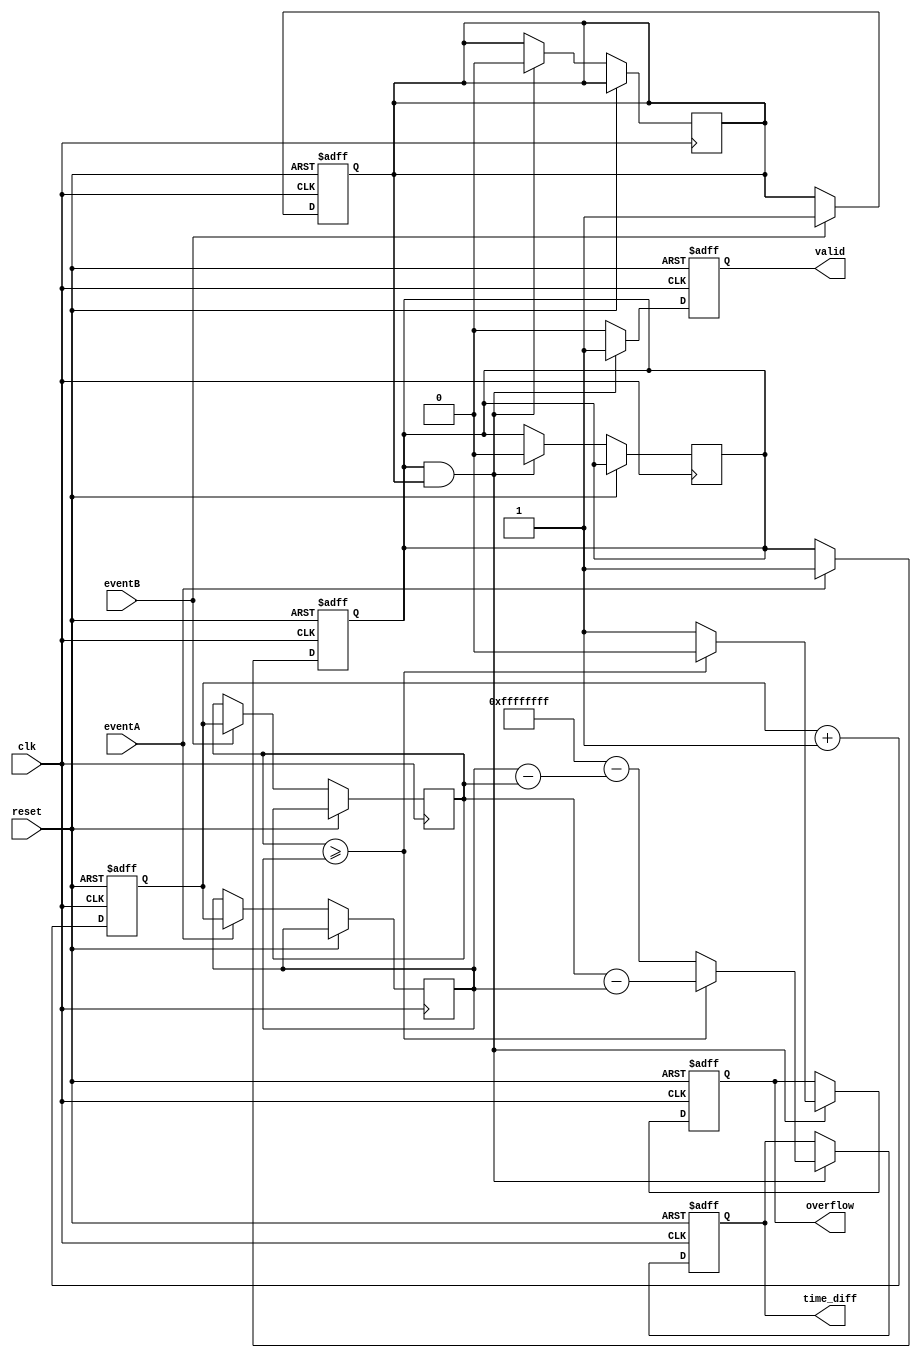
module TDC (
    input wire clk,           // Clock signal
    input wire reset,         // Reset signal
    input wire eventA,        // Event A input
    input wire eventB,        // Event B input
    output reg [31:0] time_diff, // Time difference output
    output reg valid,         // Valid measurement flag
    output reg overflow       // Overflow flag
);

    reg [31:0] timestampA;   // Timestamp for event A
    reg [31:0] timestampB;   // Timestamp for event B
    reg [31:0] counter;       // Counter for clock cycles
    reg eventA_detected;      // Event A detected flag
    reg eventB_detected;      // Event B detected flag

    // Edge detection for event A
    always @(posedge clk or posedge reset) begin
        if (reset) begin
            eventA_detected <= 0;
        end else if (eventA) begin
            timestampA <= counter; // Capture timestamp for event A
            eventA_detected <= 1;
        end
    end

    // Edge detection for event B
    always @(posedge clk or posedge reset) begin
        if (reset) begin
            eventB_detected <= 0;
        end else if (eventB) begin
            timestampB <= counter; // Capture timestamp for event B
            eventB_detected <= 1;
        end
    end

    // Clock counter
    always @(posedge clk or posedge reset) begin
        if (reset) begin
            counter <= 0;
            time_diff <= 0;
            valid <= 0;
            overflow <= 0;
        end else begin
            counter <= counter + 1;

            // Calculate time difference when both events are detected
            if (eventA_detected && eventB_detected) begin
                if (timestampB >= timestampA) begin
                    time_diff <= timestampB - timestampA; // Calculate time difference
                    valid <= 1; // Set valid flag
                    overflow <= 0; // Clear overflow flag
                end else begin
                    time_diff <= 32'hFFFFFFFF - (timestampA - timestampB); // Handle case where eventB occurs before eventA
                    valid <= 1; // Set valid flag
                    overflow <= 1; // Set overflow flag
                end
                // Reset event detection flags
                eventA_detected <= 0;
                eventB_detected <= 0;
            end else begin
                valid <= 0; // Clear valid flag if measurement is not ready
            end
        end
    end

endmodule